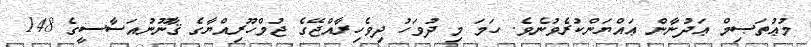
މުޢުތަޞިމް ޢަދުނާން ޢައްޔަންކުރެވުނެވެ. ހަމަ މި ދުވަހު ދިވެހިރާއްޖޭގެ ޖުމްހޫރިއްޔާގެ ޤާނޫނުއަސާސީގެ 148